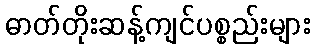
ဓာတ်တိုးဆန့်ကျင်ပစ္စည်းများ